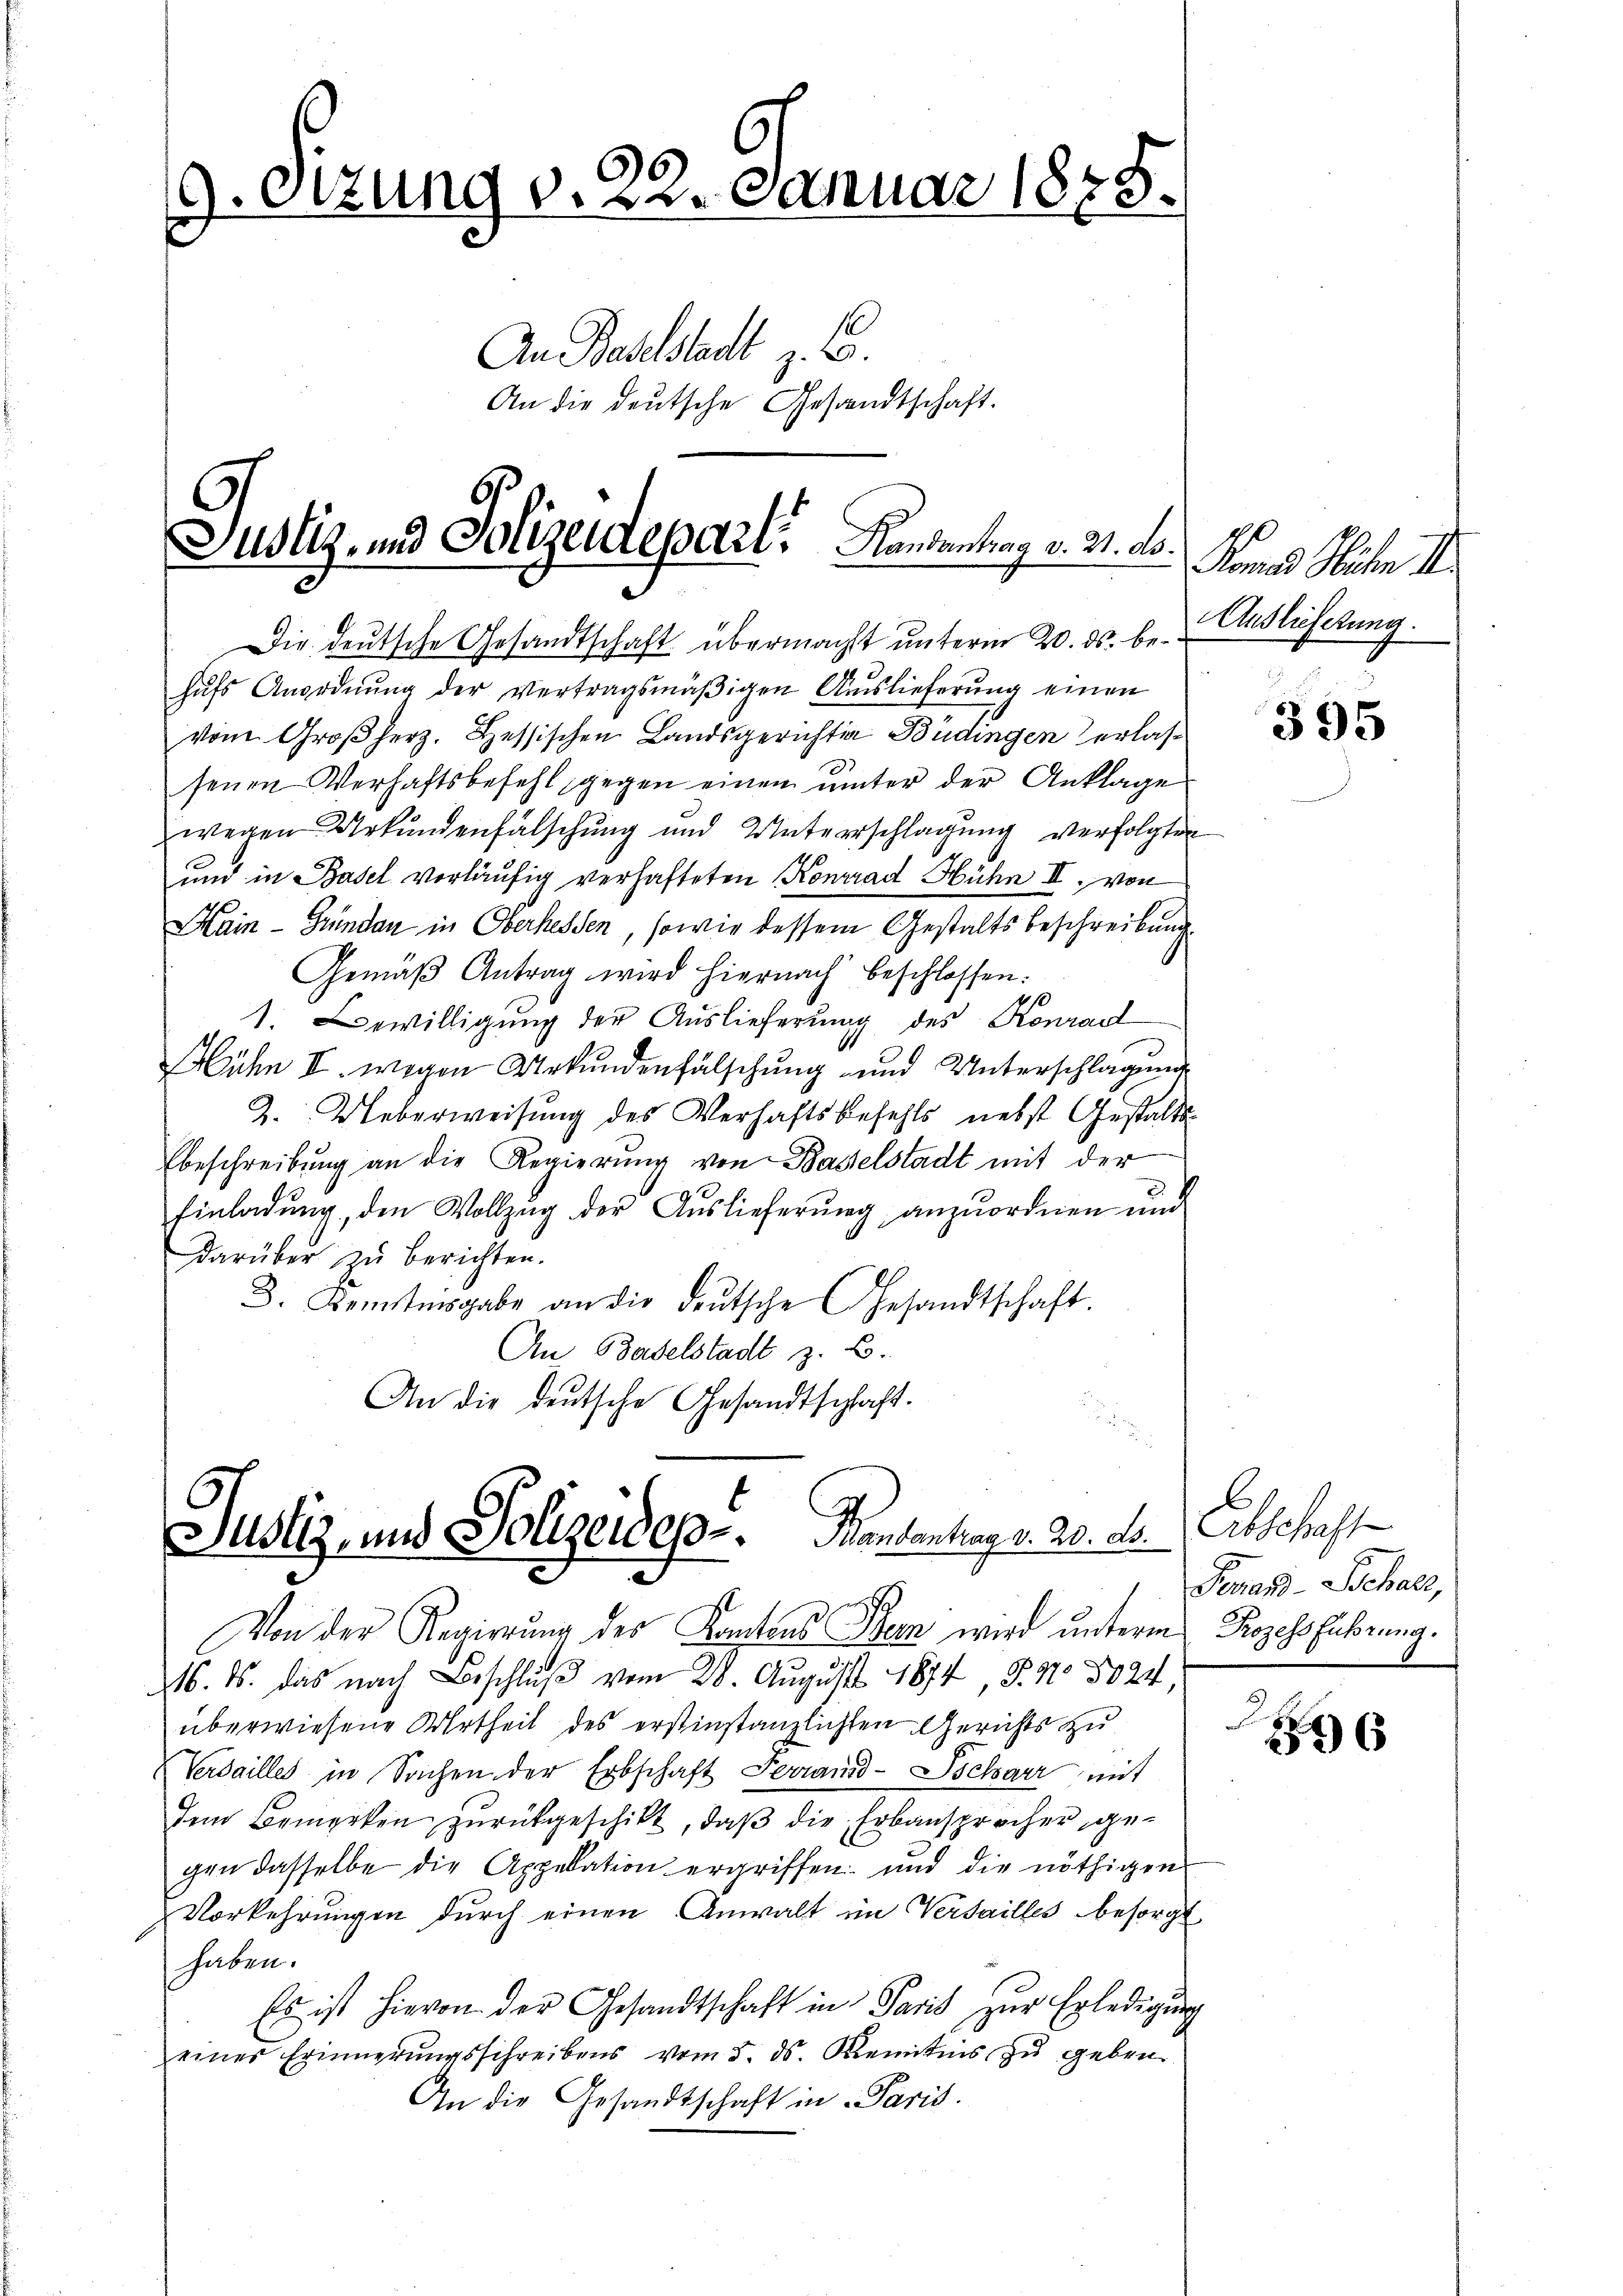
9. Sizung v. 22. Januar 1875.
1
An Baselstadt z. B.
An die deutsche Gesandtschaft.

6
Justiz und Polizeidepart. Handentrag v. 31. ds.

Die deutsche Gesandtschaft übermacht unterm 20. ds. behŭfs Anordnŭng der vertragsmäβigen Auslieferŭng einen
vom Großherz. Hessischen Landsgerichtig Büdingen erlassenen Verhaftsbefehl gegen einen unter der Anklage
wegen Urkundenfalschung und Unterschlagung verfolgten
und in Basel vorläufig verhafteten Konrad Hühn II. von
Main - Gründen in Oberhessen, sowie dessem Gestaltsbeschreibung
Gemäβ Antrag wird hiernach beschlossen:
1. Bewilligung der Auslieferung des Konrad
Mühn II. wegen Urkundenfälschung und Unterschlagung
Z. Ueberweisung des Verhaftsbefehls nebst Gestalts-
beschreibung an die Regierung von Baselstadt mit der
Einladŭng, den Vollzŭg der Auslieferŭng anzŭordnen und
darüber zu berichten.
D. Kenntnisgabe an die deŭtsche Gesandtschaft.
An Baselstadt z. B.
An die deutsche Gesandtschaft.

Justiz, und Polizeides. Mantantrag v. 20. ds.
Von der Regierung des Kantons Bern wird unterm Prozessführung.

16. ds. das nach Beschlŭβ vom 28. August 1874, P. Nr. 8024
überwiesene Urtheil des erstinstanzlichten Gerichts zu
Verdailles in Sachen der Erbschaft erwind-Scharz mit
Dem Bemerken zurückgeschikt, daß die Erbansprocher, gegen dasselbe die Appelation ergriffen und die nöthigen
Vorkehrungen durch einen Anwalt im Versailles besorgt
haben.
Es ist hievon der Gesandtschaft in Paris zŭr Erledigung
einer Erinnerungsschreibens vom 5. ds. Kenntnis zu geben
An die Gesandtschaft in Paris.

Komnes Weiten I.
Auslieferung.

395

Abschaft
Penard-Schals,

6